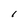
Character: I